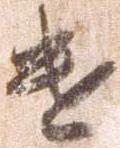
遣